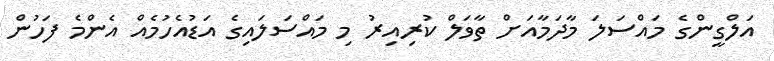
އަލްގީންގެ މައްސަލަ މާދަމާއަށް ތާވަލް ކުރިއިރު މި މައްސަލައިގެ އަޑުއެހުމެއް އެންމެ ފަހުން